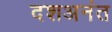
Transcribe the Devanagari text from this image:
दशअनंत